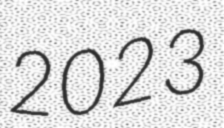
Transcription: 2023